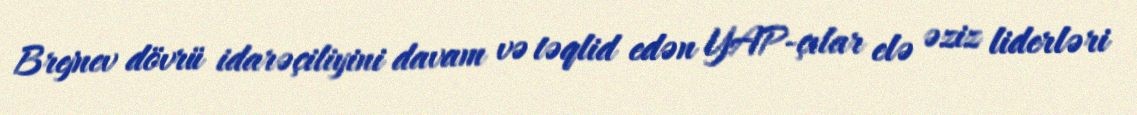
Brejnev dövrü idarəçiliyini davam və təqlid edən YAP-çılar elə əziz liderləri